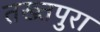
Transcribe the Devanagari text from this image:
तख्तपुरा